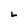
Character: L